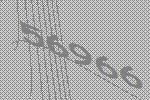
56966